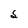
Character: S